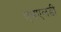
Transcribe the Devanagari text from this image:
एमएलडी